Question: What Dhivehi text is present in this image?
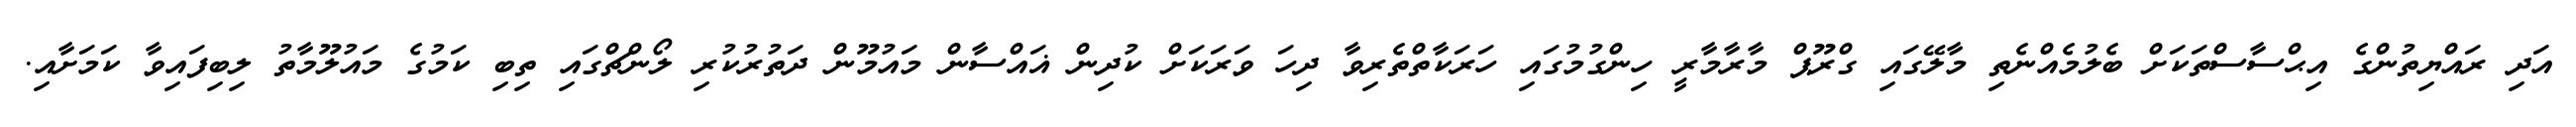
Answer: އަދި ރައްޔިތުންގެ އިޙްސާސްތަކަށް ބެލުމެއްނެތި މާލޭގައި ގްރޫޕް މާރާމާރީ ހިންގުމުގައި ހަރަކާތްތެރިވާ ދިހަ ވަރަކަށް ކުދިން ޣައްސާން މައުމޫން ދަތުރުކުރި ލޯންޗްގައި ތިބި ކަމުގެ މައުލޫމާތު ލިބިފައިވާ ކަމަށާއި.